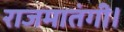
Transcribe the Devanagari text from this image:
राजमातंगी।